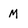
Character: M